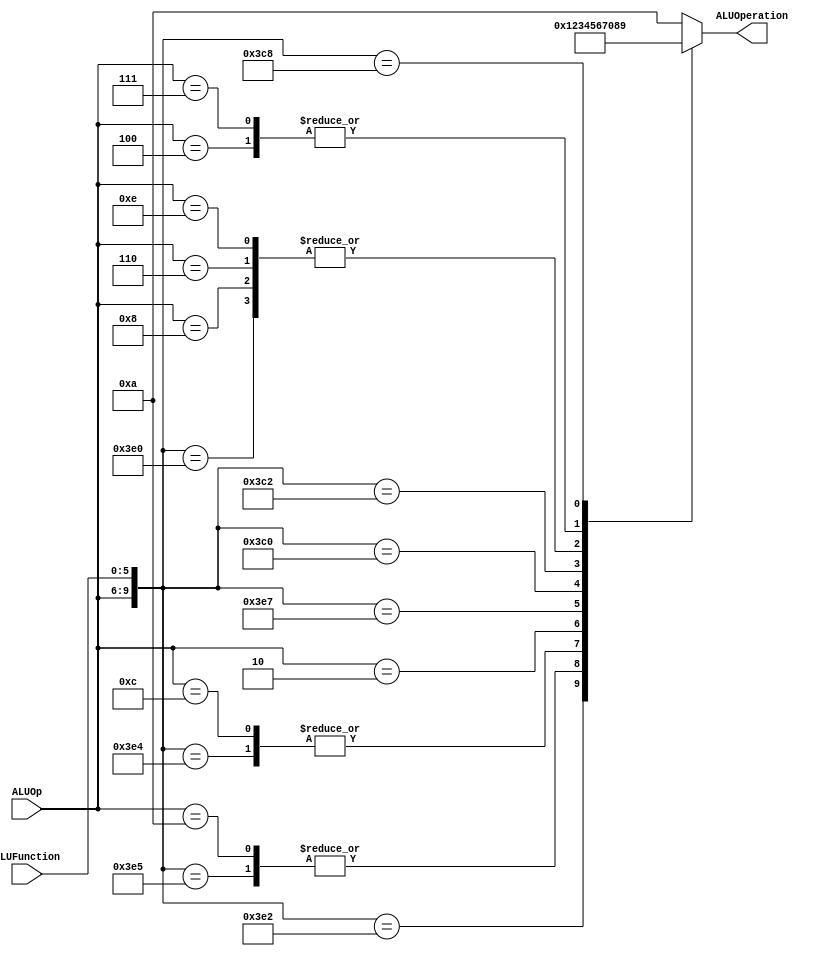
module ALUControl
(
  	input [3:0] ALUOp,
	input [5:0] ALUFunction,
	output [3:0] ALUOperation
);

localparam R_Type_ADD   = 10'b1111_100000;
localparam I_Type_ADDI  = 10'b1000_xxxxxx;
localparam R_Type_SUB	= 10'b1111_100010;
localparam R_Type_OR    = 10'b1111_100101;
localparam I_Type_ORI   = 10'b1010_xxxxxx; 
localparam R_Type_AND   = 10'b1111_100100;
localparam I_Type_ANDI  = 10'b1100_xxxxxx;
localparam I_Type_LUI	= 10'b0010_xxxxxx;
localparam R_Type_NOR   = 10'b1111_100111; 
localparam R_Type_SLL 	= 10'b1111_000000;
localparam R_Type_SRL	= 10'b1111_000010;
localparam I_Type_LW	= 10'b1110_xxxxxx;
localparam I_Type_SW	= 10'b0110_xxxxxx;
localparam I_Type_BEQ	= 10'b0100_xxxxxx;
localparam I_Type_BNE	= 10'b0111_xxxxxx;
localparam R_Type_JR	= 10'b1111_001000;

reg [3:0] ALUControlValues;
wire [9:0] Selector;

assign Selector = {ALUOp, ALUFunction};

always@(Selector)begin
	casex(Selector)
		R_Type_ADD:	ALUControlValues = 4'b0000;
		I_Type_ADDI:	ALUControlValues = 4'b0000;
		R_Type_SUB:	ALUControlValues = 4'b0001;
		R_Type_OR: 	ALUControlValues = 4'b0010;
		I_Type_ORI:	ALUControlValues = 4'b0010;
		R_Type_AND:    	ALUControlValues = 4'b0011;
		I_Type_ANDI:	ALUControlValues = 4'b0011;
		I_Type_LUI:	ALUControlValues = 4'b0100;
		R_Type_NOR:	ALUControlValues = 4'b0101;
		R_Type_SLL: 	ALUControlValues = 4'b0110;
		R_Type_SRL:	ALUControlValues = 4'b0111;	
		I_Type_SW:	ALUControlValues = 4'b0000;
		I_Type_LW:	ALUControlValues = 4'b0000;
		I_Type_BEQ:	ALUControlValues = 4'b1000;
		I_Type_BNE:	ALUControlValues = 4'b1000;
		R_Type_JR: 	ALUControlValues = 4'b1001;
	   default: 	ALUControlValues = 4'b1010;
	endcase
end

assign ALUOperation = ALUControlValues;

endmodule